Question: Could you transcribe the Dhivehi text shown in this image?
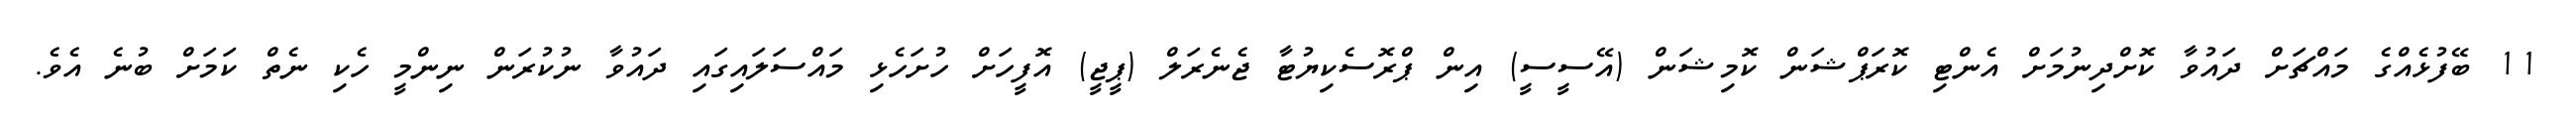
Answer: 11 ބޭފުޅެއްގެ މައްޗަށް ދައުވާ ކޮށްދިނުމަށް އެންޓި ކޮރަޕްޝަން ކޮމިޝަން (އޭސީސީ) އިން ޕްރޮސެކިޔުޓާ ޖެނެރަލް (ޕީޖީ) އޮފީހަށް ހުށަހެޅި މައްސަލައިގައި ދައުވާ ނުކުރަން ނިންމީ ހެކި ނެތް ކަމަށް ބުނެ އެވެ.